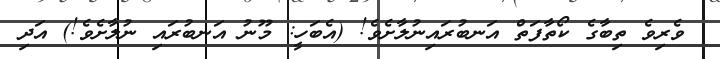
ވެރިވެ ތިބާގެ ކޯތާފަތް އަނބުރައިނުލާށެވެ! (އެބަހީ: މޫނު އަނބުރައި ނުލާށެވެ!) އަދި